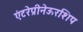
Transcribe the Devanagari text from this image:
एंटरेप्रीनेऊरशिप